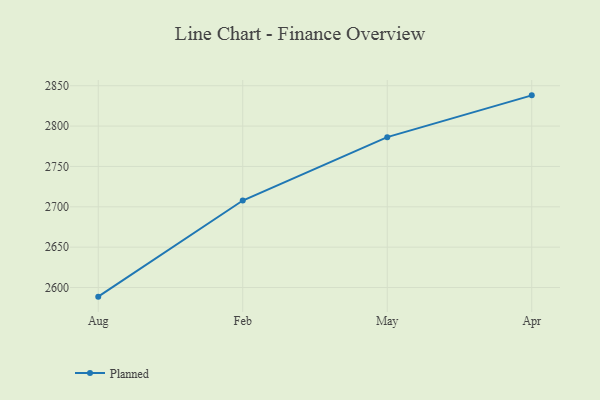
{"axis": {"x": "Month", "y": "Temperature (°C)"}, "legend": ["Planned"], "data": [{"x": "Aug", "y": 2588.7, "type": "Planned"}, {"x": "Feb", "y": 2707.8, "type": "Planned"}, {"x": "May", "y": 2786.3, "type": "Planned"}, {"x": "Apr", "y": 2838.1, "type": "Planned"}]}